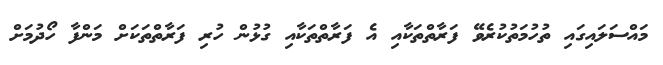
މައްސަލައިގައި ތުހުމަތުކުރެވޭ ފަރާތްތަކާއި އެ ފަރާތްތަކާއި ގުޅުން ހުރި ފަރާތްތަކަށް މަންފާ ހޯދުމަށް